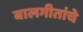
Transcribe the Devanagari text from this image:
बालगीतांचे